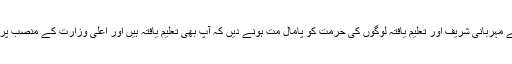
برائے مہربانی شریف اور تعلیم یافتہ لوگوں کی حرمت کو پامال مت ہونے دیں کہ آپ بھی تعلیم یافتہ ہیں اور اعلیٰ وزارت کے منصب پر ہیں۔